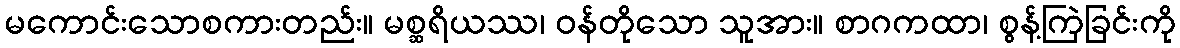
မကောင်းသောစကားတည်း။ မစ္ဆရိယဿ၊ ဝန်တိုသော သူအား။ စာဂကထာ၊ စွန့်ကြဲခြင်းကို